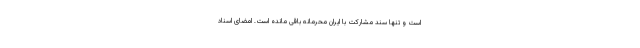
است و تنها سند مشارکت با ایران محرمانه باقی مانده است. امضای اسناد